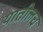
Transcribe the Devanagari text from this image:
यातीलच